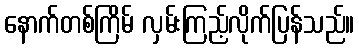
နောက်တစ်ကြိမ် လှမ်းကြည့်လိုက်ပြန်သည်။